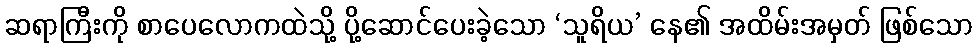
ဆရာကြီးကို စာပေလောကထဲသို့ ပို့ဆောင်ပေးခဲ့သော ‘သူရိယ’ နေ၏ အထိမ်းအမှတ် ဖြစ်သော